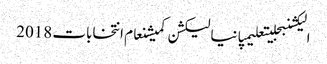
الیکشنبجلیتعلیمپانیالیکشن کمیشنعام انتخابات 2018